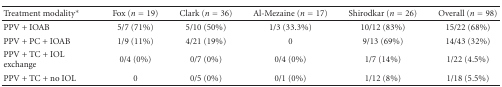
| Treatment modality* | Fox (n = 19) | Clark (n = 36) | Al-Mezaine (n = 17) | Shirodkar (n = 26) | Overall (n = 98) |
 | --- | --- | --- | --- | --- | --- |
 | PPV + IOAB | 5/7 (71%) | 5/10 (50%) | 1/3 (33.3%) | 10/12 (83%) | 15/22 (68%) |
 | PPV + PC + IOAB | 1/9 (11%) | 4/21 (19%) | 0 | 9/13 (69%) | 14/43 (32%) |
 | PPV + TC + IOL exchange | 0/4 (0%) | 0/7 (0%) | 0/4 (0%) | 1/7 (14%) | 1/22 (4.5%) |
 | PPV + TC + no IOL | 0 | 0/5 (0%) | 0/1 (0%) | 1/12 (8%) | 1/18 (5.5%) |